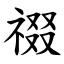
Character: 䄌